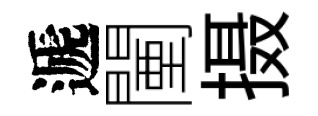
遞闉摄